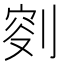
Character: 𠝠